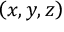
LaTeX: \left( x , y , z \right)